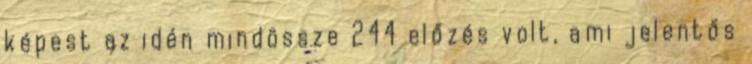
képest az idén mindössze 244 előzés volt, ami jelentős